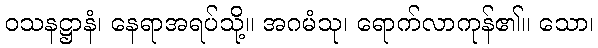
ဝသနဋ္ဌာနံ၊ နေရာအရပ်သို့။ အဂမံသု၊ ရောက်လာကုန်၏။ သော၊